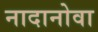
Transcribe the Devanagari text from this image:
नादानोवा